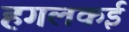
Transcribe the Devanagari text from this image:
हगलकई